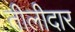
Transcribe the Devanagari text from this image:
तीलीदार